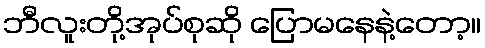
ဘီလူးတို့အုပ်စုဆို ပြောမနေနဲ့တော့။